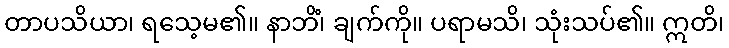
တာပသိယာ၊ ရသေ့မ၏။ နာဘိံ၊ ချက်ကို။ ပရာမသိ၊ သုံးသပ်၏။ ဣတိ၊